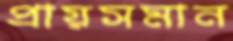
প্রায়সমান